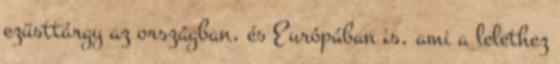
ezüsttárgy az országban, és Európában is, ami a lelethez